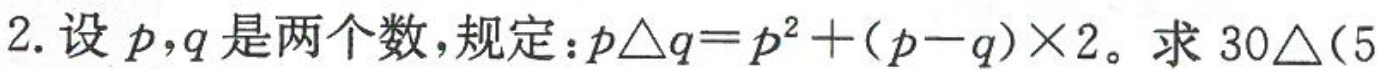
2.设p，q是两个数，规定：$$p △ q = p ^ { 2 } + ( p - q ) \times 2$$。求$$3 0 △ ( 5